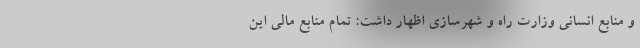
و منابع انسانی وزارت راه و شهرسازی اظهار داشت: تمام منابع مالی این